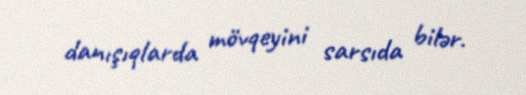
danışıqlarda mövqeyini sarsıda bilər.